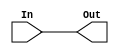
`timescale 1ns / 1ps
//////////////////////////////////////////////////////////////////////////////////
// Company: 
// Engineer: 
// 
// Design Name: 
// Module Name: connector
// Project Name: 
// Target Devices: 
// Tool Versions: 
// Description: 
// 
// Dependencies: 
// 
// Revision:
// Revision 0.01 - File Created
// Additional Comments:
// 
//////////////////////////////////////////////////////////////////////////////////


module connector#(
    parameter WIDTH = 32
)(
    input wire[WIDTH - 1 : 0] In,
    output wire[WIDTH - 1 : 0] Out
);
    assign Out[WIDTH - 1 : 0] = In[WIDTH - 1 : 0];
endmodule